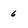
Character: 6